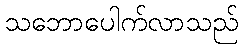
သဘောပေါက်လာသည်